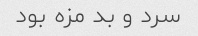
سرد و بد مزه بود